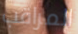
المراقب